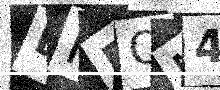
Text: LPEQM4